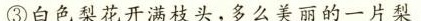
③白色梨花开满枝头，多么美丽的一片梨